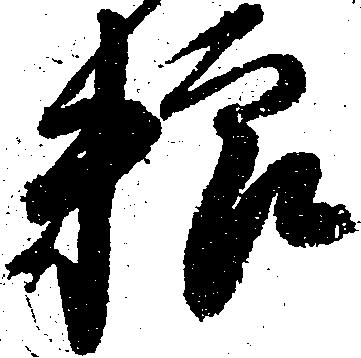
粮